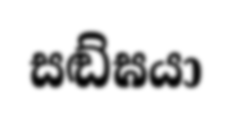
සඬ්ඝයා